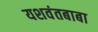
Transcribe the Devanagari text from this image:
यशवंतबाबा